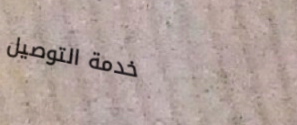
خدمة التوصيل